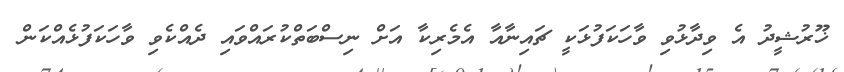
ޚޫރުޝީދު އެ ވިދާޅުވި ވާހަކަފުޅަކީ ޗައިނާއާ އެމެރިކާ އަށް ނިސްބަތްކުރައްވައި ދެއްކެވި ވާހަކަފުޅެއްކަން